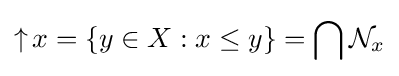
\mathop {\uparrow } x=\{y\in X:x\leq y\}=\bigcap {\mathcal {N}}_{x}